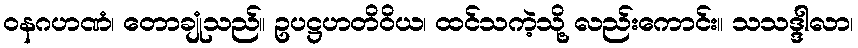
ဝနဂဟဏံ၊ တောချုံသည်။ ဥပဋ္ဌဟတိဝိယ၊ ထင်သကဲ့သို့ လည်းကောင်း။ သသဒ္ဒါလာ၊